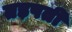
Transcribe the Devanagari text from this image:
तड़पती